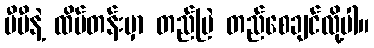
ပီပီနဲ့ ထိပ်တန်းမှာ တည်မြဲ တည်စေချင်လို့ပါ။